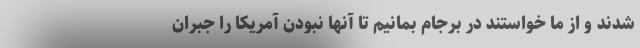
شدند و از ما خواستند در برجام بمانیم تا آنها نبودن آمریکا را جبران